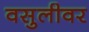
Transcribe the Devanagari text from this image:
वसुलीवर